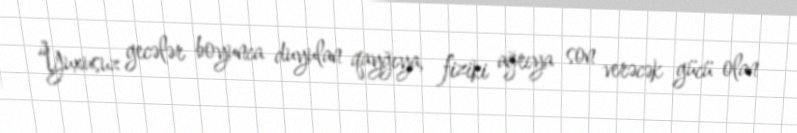
“Yuxusuz gecələr boyunca duyulan qayğıya, fiziki ağrıya son verəcək gücü olan